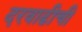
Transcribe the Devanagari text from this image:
दरवाढीची